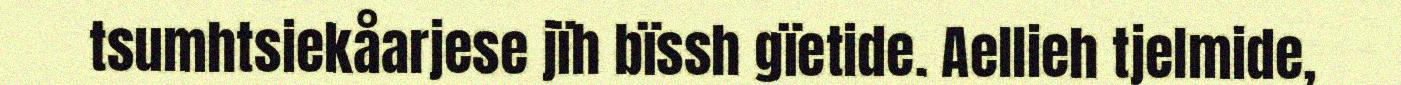
tsumhtsiekåarjese jïh bïssh gïetide. Aellieh tjelmide,